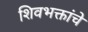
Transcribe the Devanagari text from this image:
शिवभक्तांचे